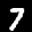
Label: 7